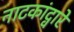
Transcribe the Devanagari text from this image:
नाटकांद्वारे